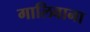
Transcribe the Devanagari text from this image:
गालिवाना